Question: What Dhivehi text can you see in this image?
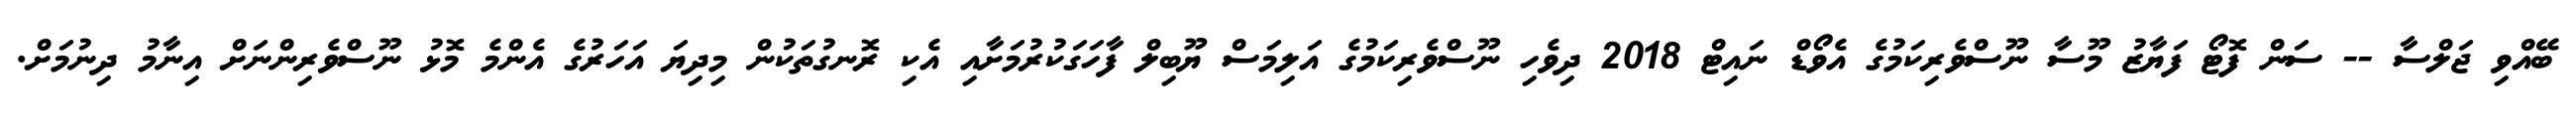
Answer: ބޭއްވި ޖަލްސާ -- ސަން ފޮޓޯ ފަޔާޒު މޫސާ ނޫސްވެރިކަމުގެ އެވޯޑް ނައިޓް 2018 ދިވެހި ނޫސްވެރިކަމުގެ އަލިމަސް ޔޫބިލް ފާހަގަކުރުމަށާއި އެކި ރޮނގުތަކުން މިދިޔަ އަހަރުގެ އެންމެ މޮޅު ނޫސްވެރިންނަށް އިނާމު ދިނުމަށް.